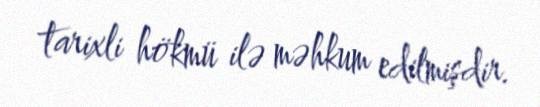
tarixli hökmü ilə məhkum edilmişdir.